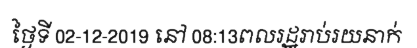
ថ្ងៃទី 02-12-2019 នៅ 08:13ពលរដ្ឋរាប់រយនាក់